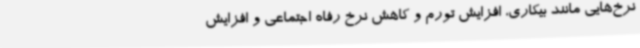
نرخ‌هایی مانند بیکاری، افزایش تورم و کاهش نرخ رفاه اجتماعی و افزایش